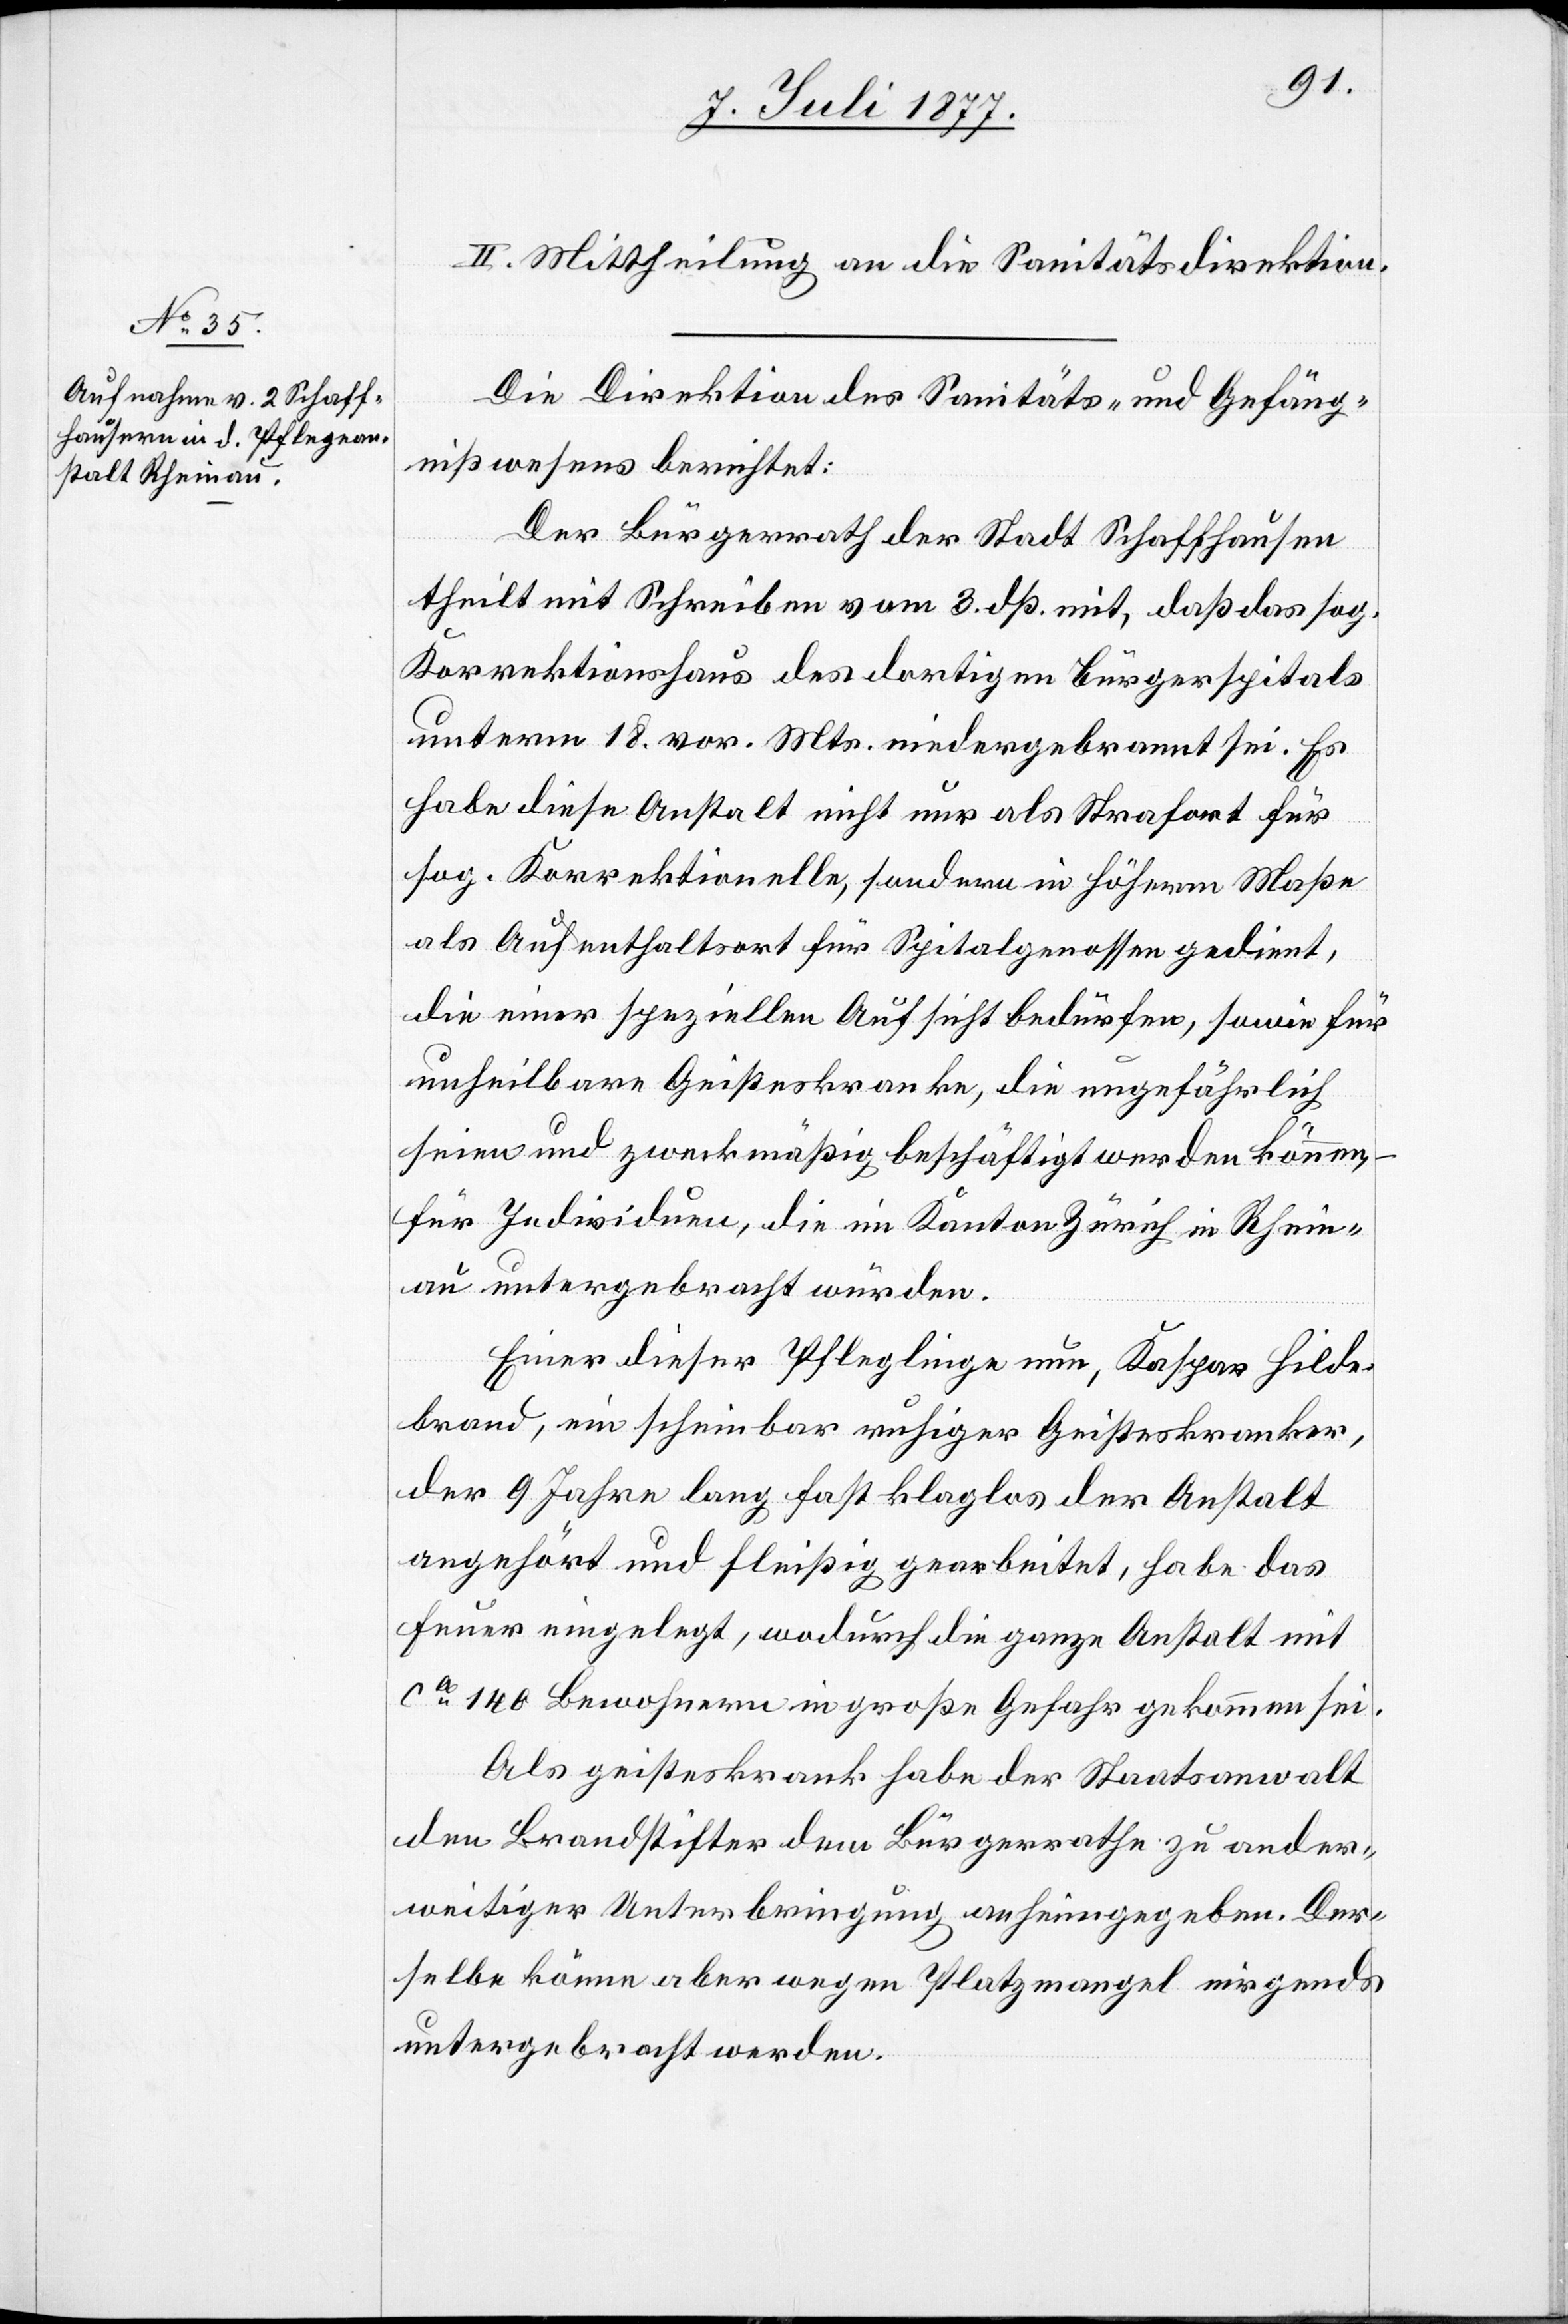
II. Mittheilung an die Sanitätsdirektion.
Die Direktion des Sanitäts- und Gefäng¬
nißwesens berichtet:
Der Bürgerrath der Stadt Schaffhausen
theilt mit Schreiben vom 3. dß. mit, daß das sog.
Korrektionshaus des dortigen Bürgerspitals
unterm 18. vor. Mts. niedergebrannt sei. Es
habe diese Anstalt nicht nur als Strafort für
sog. Korrektionelle, sondern in höherm Maße
als Aufenthaltsort für Spitalgenossen gedient,
die einer speziellen Aufsicht bedürfen, sowie für
unheilbare Geisteskranke, die ungefährlich
seien und zweckmäßig beschäftigt werden können,
für Individuen, die im Kanton Zürich in Rhein¬
au untergebracht würden.
Einer dieser Pfleglinge nun, Kaspar Hilde¬
brand, ein scheinbar ruhiger Geisteskranker,
der 9 Jahre lang fast klaglos der Anstalt
angehört und fleißig gearbeitet, habe das
Feuer eingelegt, wodurch die ganze Anstalt mit
ca 140 Bewohnern in große Gefahr gekommen sei.
Als geisteskrank habe der Staatsanwalt
den Brandstifter dem Bürgerrathe zu ander¬
weitiger Unterbringung anheimgegeben. Der¬
selbe könne aber wegen Platzmangel nirgends
untergebracht werden.